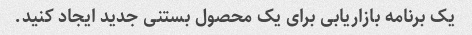
یک برنامه بازاریابی برای یک محصول بستنی جدید ایجاد کنید.